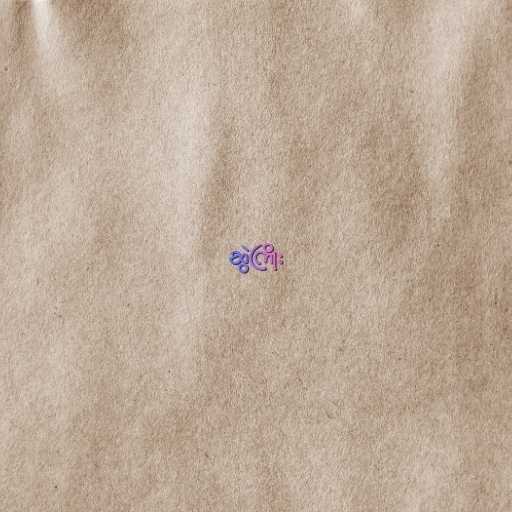
ဆွဲကြိုး